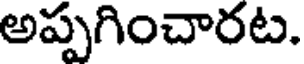
అప్పగించారట.